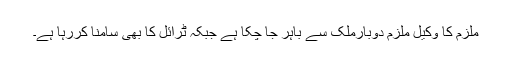
ملزم کا وکیل ملزم دوبارملک سے باہر جا چکا ہے جبکہ ٹرائل کا بھی سامنا کررہا ہے۔